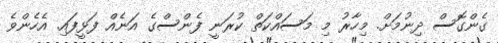
ގެންގޮސް ދިނުމަށް. މިހާރު މި މަސައްކަތް ކުރަނީ ފެންސްގެ އަނެއް ފަޅީފައި. އެހެންވެ